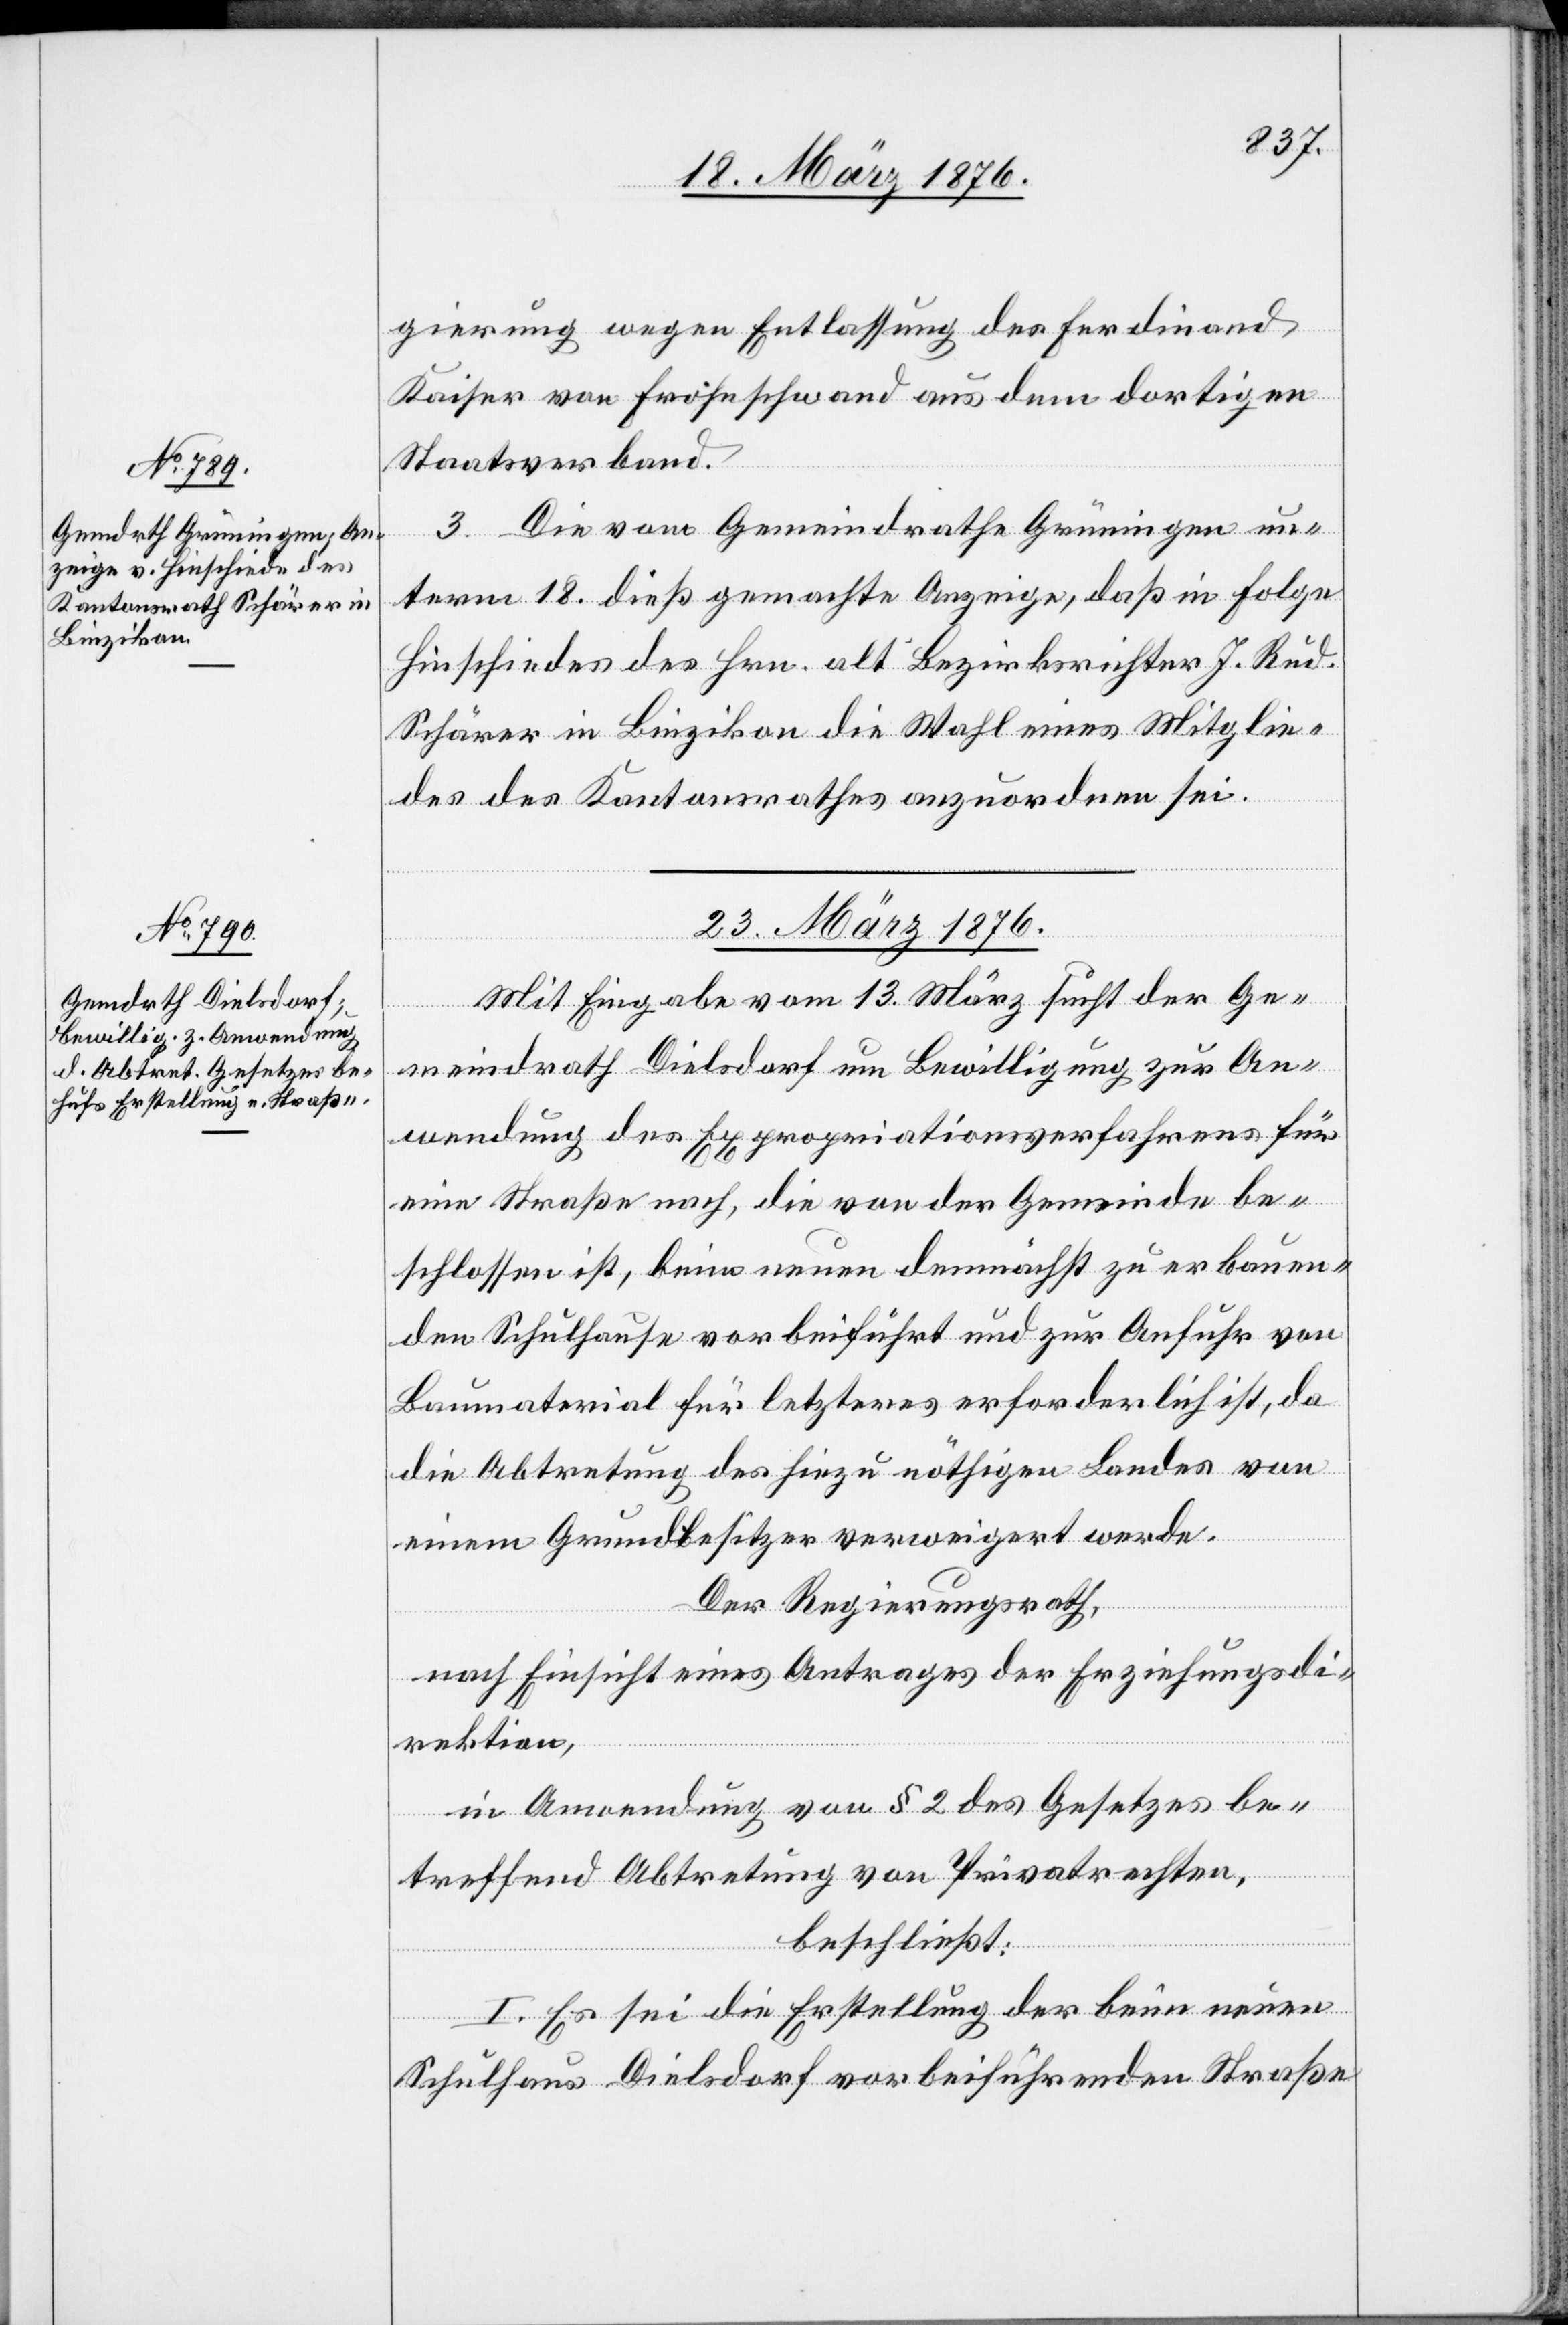
gierung wegen Entlassung des Ferdinand
Kaiser von Froheschwand [sic!] aus dem dortigen
Staatsverband.
Die vom Gemeindrathe Grüningen un¬
3.
term 18. dieß gemachte Anzeige, daß in Folge
Hinschiedes des Hrn. alt Bezirksrichter J. Rud.
Schärer in Binzikon die Wahl eines Mitglie¬
des des Kantonsrathes anzuordnen sei.
23. März 1876.
Mit Eingabe vom 13. März sucht der Ge¬
meindrath Dielsdorf um Bewilligung zur An¬
wendung des Expropriationsverfahrens für
eine Straße nach, die von der Gemeinde be¬
schlossen ist, beim neuen demnächst zu erbauen¬
den Schulhause vorbeiführt und zur Anfuhr von
Baumaterial für letzteres erforderlich ist, da
die Abtretung des hiezu nöthigen Landes von
einem Grundbesitzer verweigert werde.
Der Regierungsrath,
nach Einsicht eines Antrages der Erziehungsdi¬
rektion,
in Anwendung von § 2 des Gesetzes be¬
treffend Abtretung von Privatrechten,
beschließt:
I. Es sei die Erstellung der beim neuen
Schulhause Dielsdorf vorbeiführenden Straße